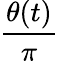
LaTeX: \frac{\theta(t)}{\pi}